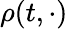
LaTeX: \rho(t,\cdot)